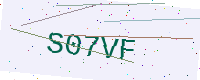
Text: S07VF